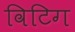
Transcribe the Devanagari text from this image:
विटिग